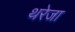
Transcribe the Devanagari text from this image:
थरेजा